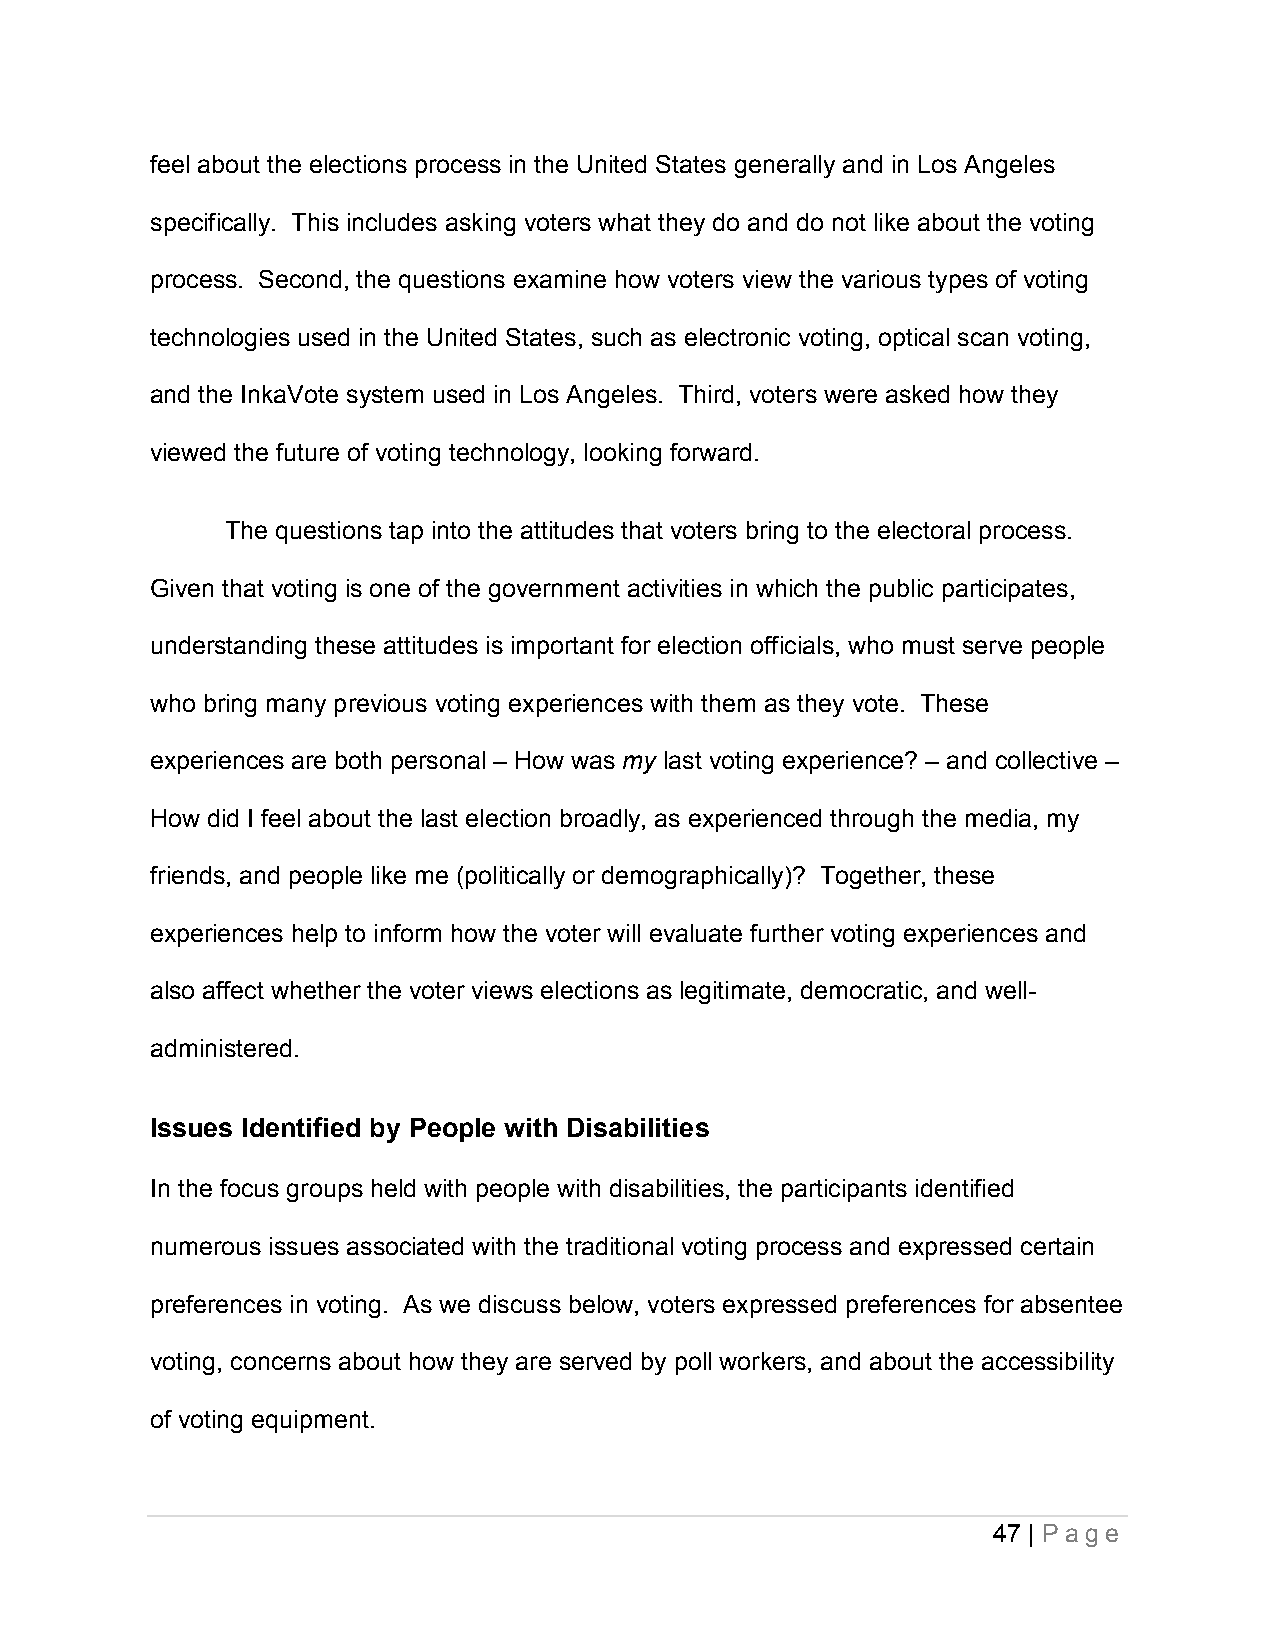
feel about the elections process in the United States generally and in Los Angeles
 specifically. This includes asking voters what they do and do not like about the voting
 process. Second, the questions examine how voters view the various types of voting
 technologies used in the United States, such as electronic voting, optical scan voting,
 and the InkaVote system used in Los Angeles. Third, voters were asked how they
 viewed the future of voting technology, looking forward.
 The questions tap into the attitudes that voters bring to the electoral process.
 Given that voting is one of the government activities in which the public participates,
 understanding these attitudes is important for election officials, who must serve people
 who bring many previous voting experiences with them as they vote. These
 experiences are both personal – How was my last voting experience? – and collective –
 How did I feel about the last election broadly, as experienced through the media, my
 friends, and people like me (politically or demographically)? Together, these
 experiences help to inform how the voter will evaluate further voting experiences and
 also affect whether the voter views elections as legitimate, democratic, and well-
 administered.
 Issues Identified by People with Disabilities
 In the focus groups held with people with disabilities, the participants identified
 numerous issues associated with the traditional voting process and expressed certain
 preferences in voting. As we discuss below, voters expressed preferences for absentee
 voting, concerns about how they are served by poll workers, and about the accessibility
 of voting equipment.
 47 | P a ge